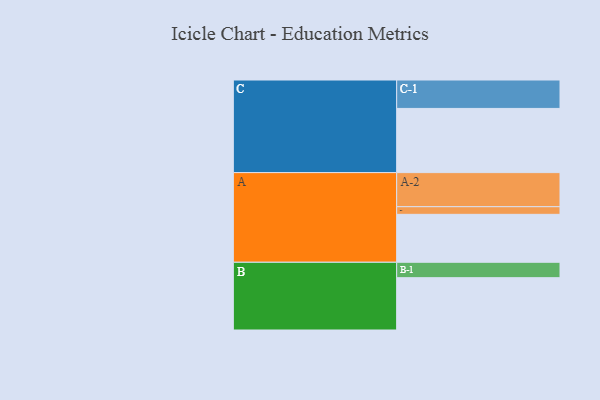
{"axis": {"x": "Segment", "y": "Value"}, "legend": ["", "A", "B", "C"], "data": [{"x": "A", "y": 339, "type": ""}, {"x": "B", "y": 370, "type": ""}, {"x": "C", "y": 454, "type": ""}, {"x": "A-1", "y": 54, "type": "A"}, {"x": "A-2", "y": 241, "type": "A"}, {"x": "B-1", "y": 109, "type": "B"}, {"x": "C-1", "y": 201, "type": "C"}]}